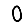
Digit: 0